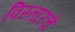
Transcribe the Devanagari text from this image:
विस्तारचे